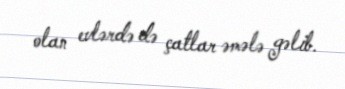
olan evlərdə də çatlar əmələ gəlib.